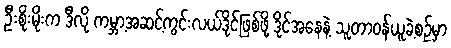
ဦးစိုးမိုးက ဒီလို ကမ္ဘာ့အဆင့်ကွင်းလယ်ဒိုင်ဖြစ်ဖို့ ဒိုင်အနေနဲ့ သူတာဝန်ယူခဲ့စဉ်မှာ